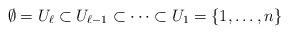
LaTeX: \begin{align*} \emptyset =U_\ell \subset U_{\ell -1} \subset \cdots \subset U_1 =\{ 1,\dots ,n\} \end{align*}